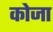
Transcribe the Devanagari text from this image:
कोजा